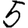
Digit: 5